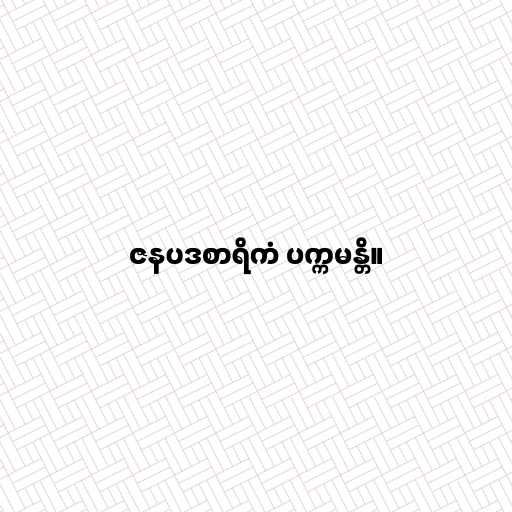
ဇနပဒစာရိကံ ပက္ကမန္တိ။